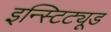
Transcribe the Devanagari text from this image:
इन्स्टिट्यूड